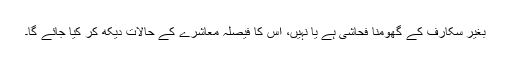
بغیر سکارف کے گھومنا فحاشی ہے یا نہیں، اس کا فیصلہ معاشرے کے حالات دیکھ کر کیا جائے گا۔